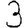
Digit: 3